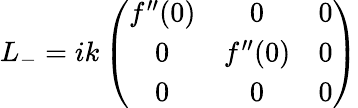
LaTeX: L_{-}=ik\left(\begin{array}{ccc}{{f^{\prime\prime}(0)}}&{{0}}&{{0}}\\ {{0}}&{{f^{\prime\prime}(0)}}&{{0}}\\ {{0}}&{{0}}&{{0}}\end{array}\right)